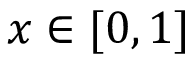
x \in [ 0 , 1 ]